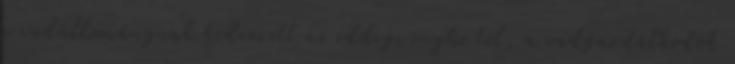
a vadállománynak kedvezett az eddigi enyhe tél, a vadgazdálkodók